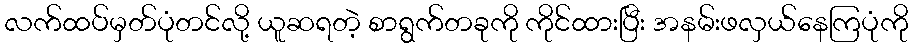
လက်ထပ်မှတ်ပုံတင်လို့ ယူဆရတဲ့ စာရွက်တခုကို ကိုင်ထားပြီး အနမ်းဖလှယ်နေကြပုံကို